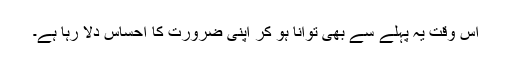
اس وقت یہ پہلے سے بھی توانا ہو کر اپنی ضرورت کا احساس دلا رہا ہے۔